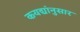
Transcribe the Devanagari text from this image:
कयद्यांनुसार